Annual report of the Punjab Veterinary College and of the Civil Veterinary Department, Punjab - 1926-1932
Year: 1926
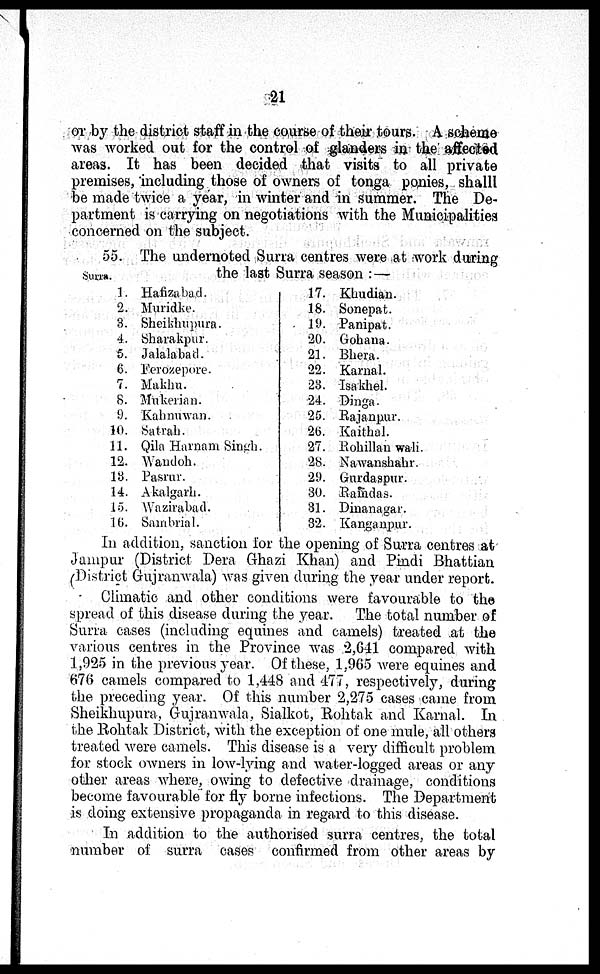
21
or by the district staff in the course of their tours. A scheme
was worked out for the control of glanders in the affected
areas. It has been decided that visits to all private
premises, including those of owners of tonga ponies, shall
be made twice a year, in winter and in summer. The De-
partment is carrying on negotiations with the Municipalities
concerned on the subject.
Surra.
55. The undernoted Surra centres were at work during
the last Surra season :—
1. Hafizabad.
2. Muridke.
3. Sheikhupura.
4. Sharakpur.
5. Jalalabad.
6. Ferozepore.
7. Makhu.
8. Mukerian.
9. Kahnuwan.
10. Satrah.
11. Qila Harnani Singh.
12. Wandoh.
13. Pasrur.
14. Akalgarh.
15. Wazirabad.
16. Sambrial.
17. Khudian.
18. Sonepat.
19. Panipat.
20. Gohana.
21. Bhera.
22. Karnal.
23. Isakhel.
24. Dinga.
25. Rajanpur.
26. Kaithal.
27. Rohillan wali.
28. Nawanshahr.
29. Gurdaspur.
30. Raindas.
31. Dinanagar.
32. Kanganpur.
In addition, sanction for the opening of Surra centres at
Jampur (District Dera Ghazi Khan) and Phidi Bhattian
(District Gujranwala) was given during the year under report.
Climatic and other conditions were favourable to the
spread of this disease during the year. The total number of
Surra cases (including equines and camels) treated at the
various centres in the Province was 2,641 compared with
1,925 in the previous year. Of these, 1,965 were equines and
676 camels compared to 1,448 and 477, respectively, during
the preceding year. Of this number 2,275 cases came from
Sheikhupura, Gujranwala. Sialkot, Rohtak and Karnal. In
the Rohtak District, with the exception of one mule, all others
treated were camels. This disease is a very difficult problem
for stock owners in low-lying and water-logged areas or any
other areas where, owing to defective drainage, conditions
become favourable for fly borne infections. The Department
is doing extensive propaganda in regard to this disease.
In addition to the authorised surra centres, the total
number of surra cases confirmed from other areas by